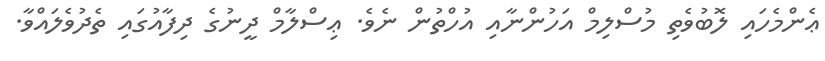
ޢެންމެހައި ލޮބުވެތި މުސްލިމް އަހުންނާއި އުހްތުން ނެވެ. ޢިސްލާމް ދީނުގެ ދިފާއުގައި ތެދުވެލައްވާ.